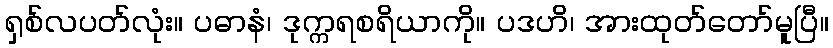
ရှစ်လပတ်လုံး။ ပဓာနံ၊ ဒုက္ကရစရိယာကို။ ပဒဟိ၊ အားထုတ်တော်မူပြီ။